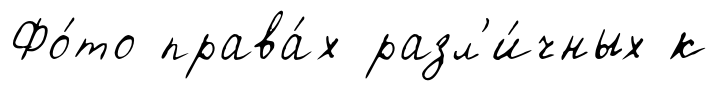
Фо́то права́х разл'и́чных к